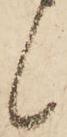
候